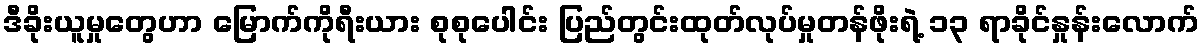
ဒီခိုးယူမှုတွေဟာ မြောက်ကိုရီးယား စုစုပေါင်း ပြည်တွင်းထုတ်လုပ်မှုတန်ဖိုးရဲ့ ၁၃ ရာခိုင်နှုန်းလောက်